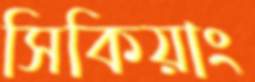
সিকিয়াং